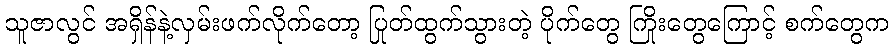
သူဇာလွင် အရှိန်နဲ့လှမ်းဖက်လိုက်တော့ ပြုတ်ထွက်သွားတဲ့ ပိုက်တွေ ကြိုးတွေကြောင့် စက်တွေက